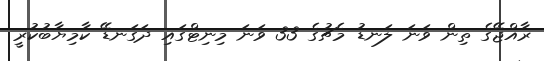
ރާއްޖޭގެ ތިން ވަނަ ލަނޑު މެޗުގެ 33 ވަނަ މިނިޓްގައި ދަގަނޑޭ ކާމިޔާބުކުރީ